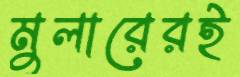
মুলারেরই